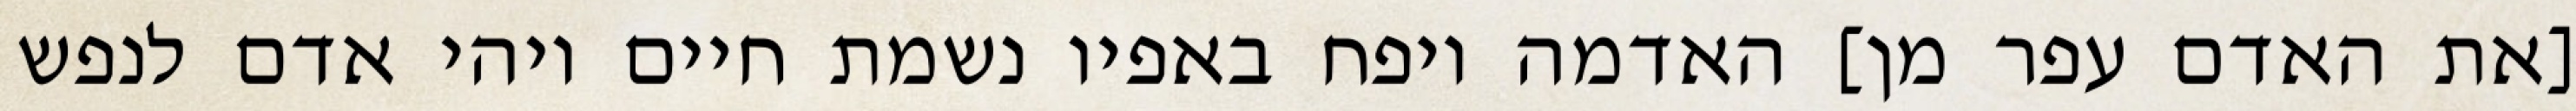
[את האדם עפר מן] האדמה ויפח באפיו נשמת חיים ויהי אדם לנפש